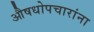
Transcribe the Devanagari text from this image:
औषधोपचारांना